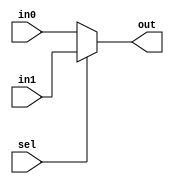
`timescale 1ns / 1ps
//////////////////////////////////////////////////////////////////////////////////
// Company: 
// Engineer: 
// 
// Design Name: 
// Module Name:    mux2X1 
// Project Name: 
// Target Devices: 
// Tool versions: 
// Description: 
//
// Dependencies: 
//
// Revision: 
// Revision 0.01 - File Created
// Additional Comments: 
//
//////////////////////////////////////////////////////////////////////////////////
module mux2X1(
    input in0,in1,
    input sel,
    output out
    );
	 
    assign out=(sel)?in1:in0;

endmodule